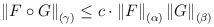
\begin{align*}\left\| F\circ G\right\| _{(\gamma )}\leq c\cdot \left\| F\right\| _{(\alpha)}\left\| G\right\| _{(\beta )}\end{align*}